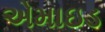
એમાઇડ